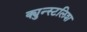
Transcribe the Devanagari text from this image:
क्युन्स्टलिश